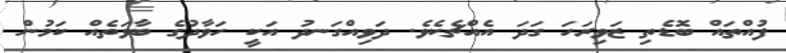
ފުއްތައް ބޮޑެތި ޒަވިރަހަ ގަދަ އެއްޗެކެވެ. ދަވިއްގަނދު އަކީ ހަވާދުގެ ބާވަތެއް ކަމުން